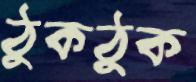
ঠুকঠুক